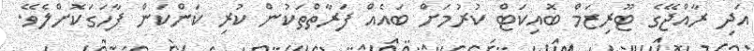
އަދި ރާއްޖޭގެ ޓޫރިޒަމް ބޮއިކަޓް ކުރުމަށް ބައެއް ފަރާތްތަކުން ކުރި ކަންކަން ފާހަގަކޮށްލެވޭ.